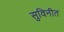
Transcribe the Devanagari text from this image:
सुविनीत